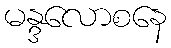
မန္ဒလောစနေ